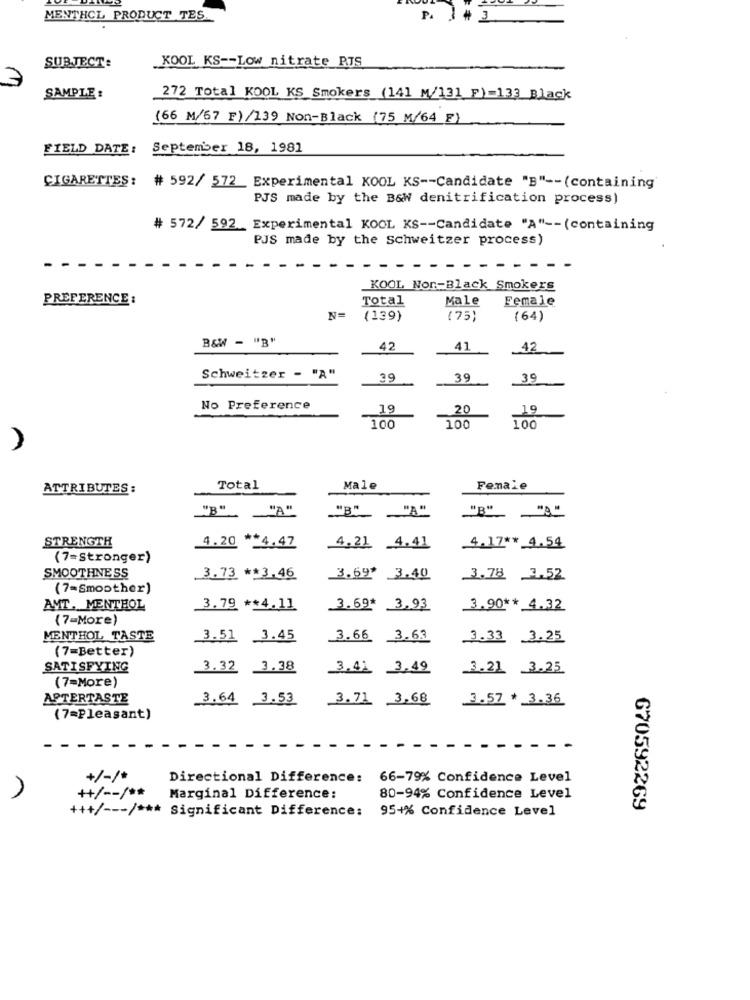
MENTHCL PRODUCT TES.
P.
1
KOOL KS -- Low nitrate PTS
SUBJECT:
7
SAMPLE :
272 Total KOOL KS Smokers (141 M/131 F)=133 Black
(66 M/67 F) /139 Non-Black (75 M/64 F)
FIELD DATE :
September 18, 1981
CIGARETTES: # 592/ 572_ Experimental KOOL KS -- Candidate "B" -- (containing'
PJS made by the B&W denitrification process)
# 572/ 592 Experimental KOOL KS -- Candidate "A" -- (containing
PJS made by the schweitzer process)
KOOL Nor-Black Smokers
PREFERENCE :
Total
Male
Female
N=
(139)
(75)
(64)
B&W - "B"
42
41
.42
Schweitzer - "A"
39
39
39
No Preference
19
20
19
100
100
100
ATTRIBUTES :
Total
Male
Female
"B" _"A"
"B" "A"
B"
STRENGTH
4.20 ** 4.47
4.21 4.41
4.17 ** 4.54
(7=Stronger)
SMOOTHNESS
3.73 ** 3.46
3.69' 3.40
3.78 3.52
(7=Smoother)
AMT. MENTHOL
3.79 ** 4.11
3.69* 3.93
3,90 ** 4.32
(7-More)
MENTHOL TASTE
3.51 3.45
3.66 3.63
3.33 3.25
(7=Better)
SATISFYING
3.32 3.38
3.41 3.49
3.21 3.25
(7=More)
AFTERTASTE
3.64
3.53
3.71 3,68
3.57 * 3.36
(7=Pleasant)
+/-/*
Directional Difference:
66-79% Confidence Level
++/ -- / **
Marginal Difference:
80-94% Confidence Level
95+% Confidence Level
670592269
+++/ --- / *** Significant Difference: